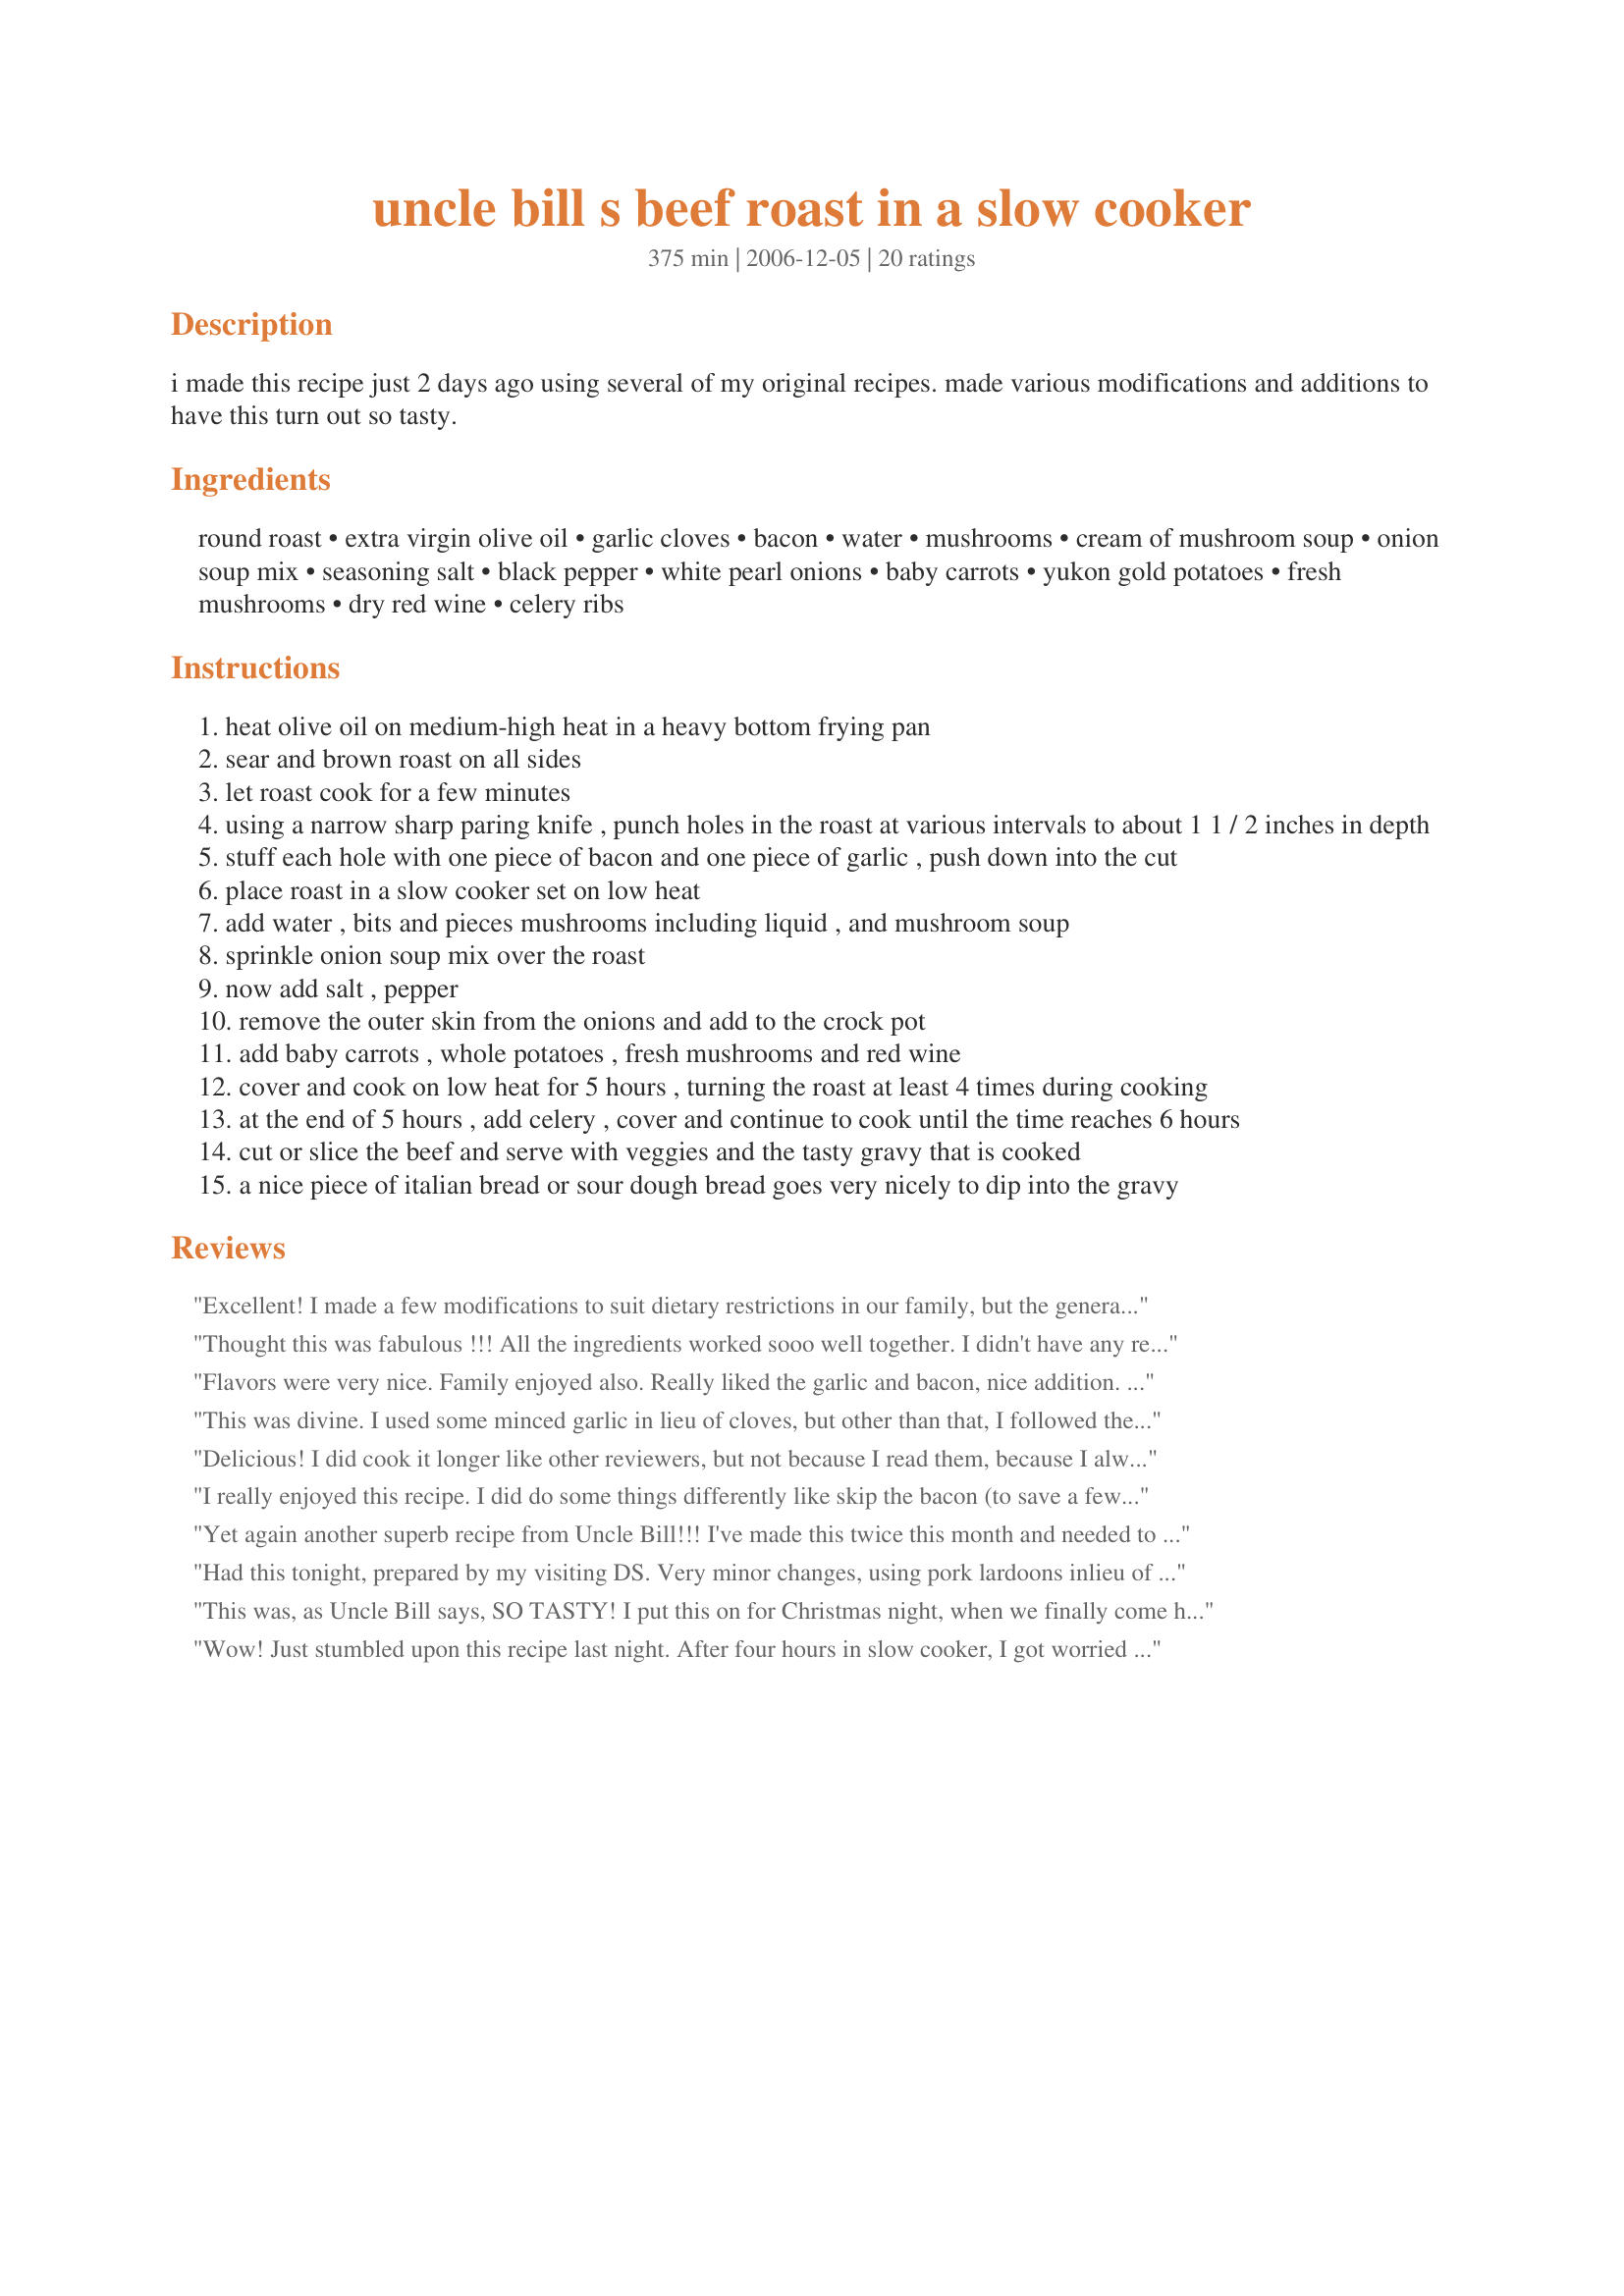
uncle bill s beef roast in a slow cooker
Preparation time: 375 minutes

i made this recipe just 2 days ago using several of my original recipes. made various modifications and additions to have this turn out so tasty.

Ingredients:
round roast, extra virgin olive oil, garlic cloves, bacon, water, mushrooms, cream of mushroom soup, onion soup mix, seasoning salt, black pepper, white pearl onions, baby carrots, yukon gold potatoes, fresh mushrooms, dry red wine, celery ribs

Steps:
heat olive oil on medium-high heat in a heavy bottom frying pan
sear and brown roast on all sides
let roast cook for a few minutes
using a narrow sharp paring knife , punch holes in the roast at various intervals to about 1 1 / 2 inches in depth
stuff each hole with one piece of bacon and one piece of garlic , push down into the cut
place roast in a slow cooker set on low heat
add water , bits and pieces mushrooms including liquid , and mushroom soup
sprinkle onion soup mix over the roast
now add salt , pepper
remove the outer skin from the onions and add to the crock pot
add baby carrots , whole potatoes , fresh mushrooms and red wine
cover and cook on low heat for 5 hours , turning the roast at least 4 times during cooking
at the end of 5 hours , add celery , cover and continue to cook until the time reaches 6 hours
cut or slice the beef and serve with veggies and the tasty gravy that is cooked
a nice piece of italian bread or sour dough bread goes very nicely to dip into the gravy

Reviews:
Excellent! I made a few modifications to suit dietary restrictions in our family, but the general method refined by Uncle Bill cannot be beat. The gravy is just wonderful, and the meat exceedingly tender. I will make all slow cooker pot roasts this way from now on.
Thought this was fabulous !!! All the ingredients worked sooo well together. I didn't have any red wine on hand, so I used grape juice, it worked out fine. I think this is one of the best tasting beef roasts I have ever made. Thankyou Uncle Bill for making me look good !
Flavors were very nice. Family enjoyed also. Really liked the garlic and bacon, nice addition. I followed recipe as written, but like Chef #1556461, my roast and vegetables were not close to being done in the time stated. I ended up putting everything in the oven to finish in time for dinner. Other than that, we all enjoyed very much. Thanks Uncle Bill.
This was divine. I used some minced garlic in lieu of cloves, but other than that, I followed the recipe to a T. As for cooking, my roast was closer to 4lbs and having read some reviews, I decided to put my slow cooker on high. Perfect. I put the celery in at 5 hours and we ate in 6. Soooo, so, so good. What a great way to bring in Fall. Thank you so much!
Delicious! I did cook it longer like other reviewers, but not because I read them, because I always cook my roasts all day in the crock pot. Everything was done perfectly! It's a little more work than I usually put into a roast, but well worth it! Thanks!
I really enjoyed this recipe. I did do some things differently like skip the bacon (to save a few calories) and celery (because I wouldn't be home to tend to this while it cooked). I left it in my crock pot longer while I was at work all day so it was a little dry. The onions from the french onion soup made an awesome crust on the top of the roast. The gravy was AMAZING! I added cayenne pepper. I will definately be making this again, hopefully in a new crock pot with a timer. :) Posting a photo.
Yet again another superb recipe from Uncle Bill!!! I've made this twice this month and needed to check ingredients when I realized I hadn't reviewed it yet. Complex flavours that make for a happy mouth, and happy family; what more can you ask? I love the addition of the wine and pearl onions. Thanks, Uncle Bill; you know I'm a huge fan of your recipes!
Had this tonight, prepared by my visiting DS. Very minor changes, using pork lardoons inlieu of bacon, reduced potato's eliminated fresh and canned mushroom, subbed in water and cooked 5.25 hours, at which pount my outside round roast was 190* well done and falling apart tender. The meat and veg, in this more "sauce" than gravy was "professional" grade. I "stealing" this one! Fantastic result! It doesn't get better than this! Thanks So much Uncle Bill, for letting us in on this!
This was, as Uncle Bill says, SO TASTY! I put this on for Christmas night, when we finally come home and relax. I had a 4-1/2 pound chuck roast, and I went ahead and added the celery with everything else, since we didn't know how long we'd be gone. I didn't turn the roast or touch anything for 5 hours, then when we got home, I added 2 Tablespoons of ultrafine flour mixed with 1/4 cup of water to thicken the gravy just a bit. (Just our preference.) When our daughter's friend saw me poking the bacon into the roast, he asked if he could stay to dinner! :) The flavor of this was fantastic, and with buttered sourdough bread for mopping...HEAVEN, such great comfort food! As always, Uncle Bill's recipes are wonderful, I must have about 50 of them saved. Be sure to try this one, it's a keeper, and everyone will love you for it! Thanks, Uncle Bill.
Wow! Just stumbled upon this recipe last night. After four hours in slow cooker, I got worried because the meat was rock hard. I let it cook another 4 hours (8 total) on low, and was pleasantly surprised when the meat began to fall apart and shred beautifully! My hubby ate it for lunch and called me right away to complement me on this meal. The only thing I did not have was onion soup mix or silver onion skins, so I threw in a quartered onion and some garlic powder. I also had trouble stuffing the bacon wrapped garlic into the slits, so I first slid the garlic in, then the little bacon slice into the same holes to seal them. The meat I cooked was outside round roast, 1.2kg, about $6 on sale. Not bad for the amazing quality! Thanks!!!
This was a really good roast recipe, but I was not that fond of the garlic in the meat. My husband on the other hand loved it.
We had this wonderful recipe last night and it now will be a family favourite.
Thank you so much
Uncle Bill this recipe was so well received in our house that its now THE ONLY WAY im allowed to do roast beef-Thankyou so much for sharing this fantastic recipe
Las Vegas Chef Here Just Tried This Today At Home For My Birthday Dinner And Got Rave Revues Excellent Recipe For Home Crockpot!
Uncle Bill,

This recipe rocks! I cooked two roasts for guests we had for dinner. There was nothing left on the platter. Really excellent flavor!
I had to make a few modifications, but I followed the basic recipe, and it turned out exceptionally well! I had some questions regarding the recipe, so I sent an Fmail (is that what it's called now?) to Uncle Bill and he was gracious enough to respond quickly, with just the answers that I needed. I have made several of Uncle Bill's recipes and they are always top quality!
Here's a review from one of my recent dinner guests:

Speaking of loving, wow, that pot roast was truly one of the very best I've ever had, obviously none of us could quit eating, good thing there weren't more people, even though you made enough for an army!!!!!! there must have been drugs in it, because when I came home I just crashed and don't even remember brushing my teeth!!!
We enjoyed this last night. The bacon I used was smoked, used 4 handfuls of carrots (about 24), portabello mushrooms, regular onions, Cabernet Sauvignon for the wine and I used my Recipe #327301 recipe to help reduce the fat and sodium. When you carved the roast the garlic and bacon stayed intact and looked very appealing when plated. Thank you for another great recipe. Made for *Zaar Cookbooks Tag 2008* game
I followed this recipe to a T, all I can say is that this recipe will be my "go to" for roast! Uncle Bill, this is AMAZING!!!
Uncle Bill...Uncle Bill.... what can I say other than this recipe is marvelous!! After 40 years of " old school" cooking I finally broke down and decided to try a crock pot recipe. Naturally the first person I went to for a recipe was you as you have never let me down. I was shy about using the cream of mushroom soup as I normally just don't like the taste of canned creamed soups however, I was pleased with the end result. I tried to stick with the recipe as directed. Well, almost. I used small quartered onions in place of the pearl onions, a few more baby carrots and baby new potatoes. I seared my roast in bacon grease as I found I was out of bacon but still did the garlic as directed. Next time I'll be certain to have the bacon. I remember my Grandmother used bacon in this same fashion to " marble" her roasts. I used Maderia wine as that was what I had. The roast was so tender no knife was needed to cut it. The flavor of the gravy ( which I chose not to thicken) was outstanding! I loved the addition of mushrooms in the vegetables. I served this with a German salad recipe I have and crusty sourdough bread. While eating dinner my Grandson said " Granny, yer a good cooker.' I may never leave home while the crock pot is on but I can say without a doubt I will make this recipe often. Thanks so much for sharing your recipes and advice.
